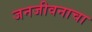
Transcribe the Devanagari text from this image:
जनजीवनाचा